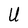
Character: U